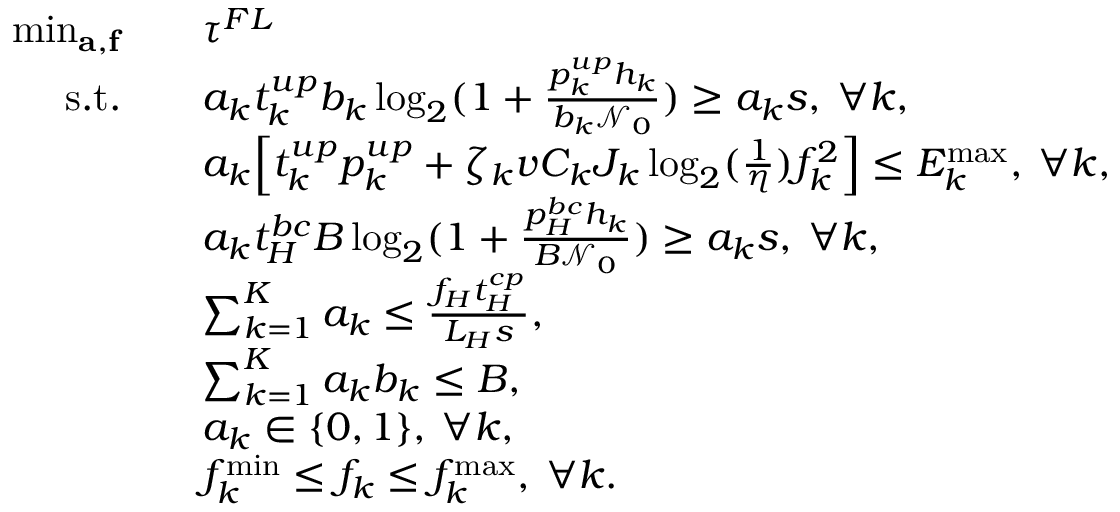
\begin{array} { r l } { \operatorname * { m i n } _ { \mathbf { a } , \mathbf { f } } \quad } & { \tau ^ { F L } } \\ { \mathrm { s . t . } \quad } & { a _ { k } t _ { k } ^ { u p } b _ { k } \log _ { 2 } ( 1 + \frac { p _ { k } ^ { u p } h _ { k } } { b _ { k } \mathcal { N } _ { 0 } } ) \geq a _ { k } s , \: \forall k , } \\ & { a _ { k } \Big [ t _ { k } ^ { u p } p _ { k } ^ { u p } + \zeta _ { k } v C _ { k } J _ { k } \log _ { 2 } ( \frac { 1 } { \eta } ) f _ { k } ^ { 2 } \Big ] \leq { { E } } _ { k } ^ { \operatorname* { m a x } } , \: \forall k , } \\ & { a _ { k } t _ { H } ^ { b c } { { B } } \log _ { 2 } ( 1 + \frac { p _ { H } ^ { b c } h _ { k } } { { { B } } \mathcal { N } _ { 0 } } ) \geq a _ { k } s , \: \forall k , } \\ & { \sum _ { k = 1 } ^ { K } a _ { k } \leq \frac { f _ { H } t _ { H } ^ { c p } } { L _ { H } s } , } \\ & { \sum _ { k = 1 } ^ { K } a _ { k } b _ { k } \leq { { B } } , } \\ & { a _ { k } \in \{ 0 , 1 \} , \: \forall k , } \\ & { f _ { k } ^ { \operatorname* { m i n } } \leq f _ { k } \leq f _ { k } ^ { \operatorname* { m a x } } , \: \forall k . } \end{array}